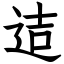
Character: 迼